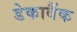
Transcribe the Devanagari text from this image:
डेकाबैंक